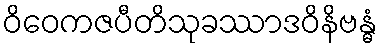
ဝိဝေကဇပီတိသုခဿာဒဝိနိဗန္ဓံ